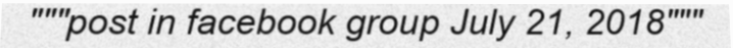
"""post in facebook group July 21, 2018"""